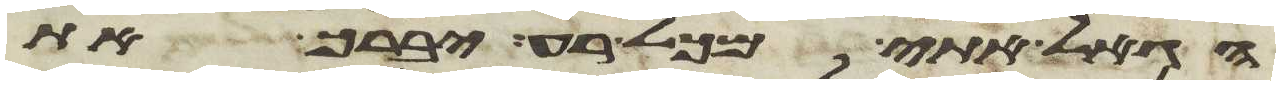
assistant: הגאל אתי מכל רע יברך את